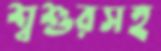
শ্বশুরসহ